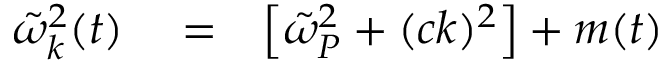
\begin{array} { r l r } { \tilde { \omega } _ { k } ^ { 2 } ( t ) } & { { } = } & { \left[ \tilde { \omega } _ { P } ^ { 2 } + ( c k ) ^ { 2 } \right] + m ( t ) } \end{array}